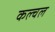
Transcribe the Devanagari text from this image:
कल्चल